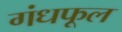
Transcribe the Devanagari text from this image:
गंधफूल